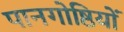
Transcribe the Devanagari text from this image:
पानगोष्ठियों